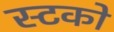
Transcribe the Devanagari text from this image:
स्टको